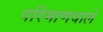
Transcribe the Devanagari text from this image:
परिमाणवाले